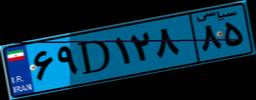
۶۹D۱۲۸۸۵